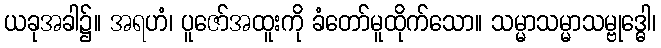
ယခုအခါ၌။ အရဟံ၊ ပူဇော်အထူးကို ခံတော်မူထိုက်သော။ သမ္မာသမ္မာသမ္ဗုဒ္ဓေါ၊